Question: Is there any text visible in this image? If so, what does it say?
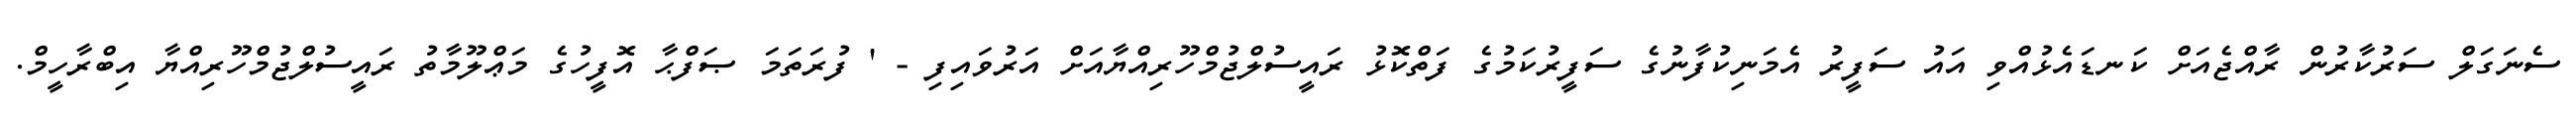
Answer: ސެނަގަލް ސަރުކާރުން ރާއްޖެއަށް ކަނޑައެޅުއްވި އައު ސަފީރު އެމަނިކުފާނުގެ ސަފީރުކަމުގެ ފަތްކޮޅު ރައީސުލްޖުމްހޫރިއްޔާއަށް އަރުވައިފި - ' ފުރަތަމަ ޞަފްޙާ އޮފީހުގެ މަޢްލޫމާތު ރައީސުލްޖުމްހޫރިއްޔާ އިބްރާހީމް.